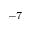
^ { - 7 }